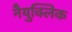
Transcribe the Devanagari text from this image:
नैयुक्लिक